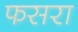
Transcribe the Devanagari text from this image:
फसरा